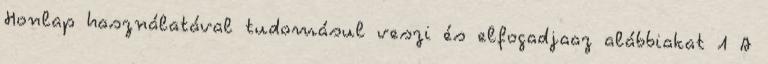
Honlap használatával tudomásul veszi és elfogadjaaz alábbiakat 1 A